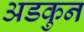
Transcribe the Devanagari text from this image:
अडकुन